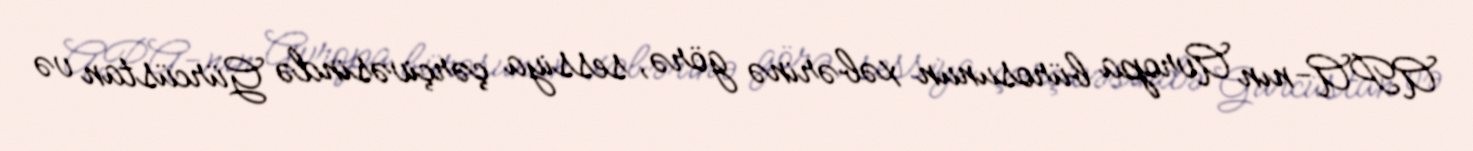
APA-nın Avropa bürosunun xəbərinə görə, sessiya çərçivəsində Gürcüstan və